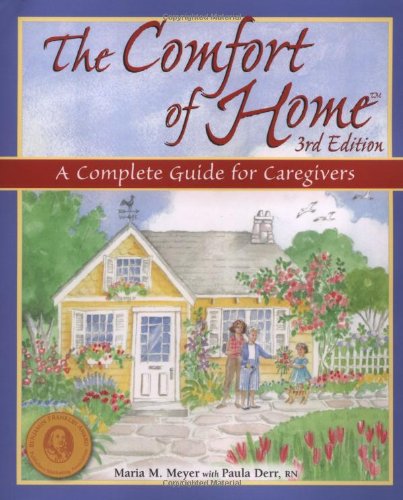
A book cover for The Comfort of Home: A Complete Guide for Caregivers; Maria M. Meyer; Medical Books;